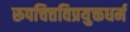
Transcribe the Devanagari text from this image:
रूपचित्तविप्रयुक्तधर्म